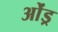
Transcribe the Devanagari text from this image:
ओंड्र